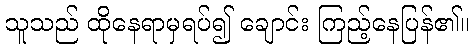
သူသည် ထိုနေရာမှရပ်၍ ချောင်း ကြည့်နေပြန်၏။